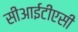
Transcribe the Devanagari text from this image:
सीआईटीएसी